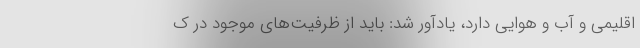
اقلیمی و آب و هوایی دارد، یادآور شد: باید از ظرفیت‌های موجود در ک